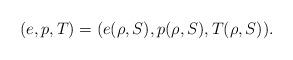
LaTeX: \begin{align*}(e,p,T)=(e(\rho, S),p(\rho, S),T(\rho, S)).\end{align*}